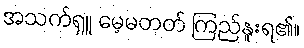
အသက်ရှူ မေ့မတတ် ကြည်နူးရ၏။